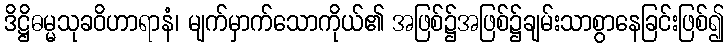
ဒိဋ္ဌိဓမ္မသုခဝိဟာရာနံ၊ မျက်မှာက်သောကိုယ်၏ အဖြစ်၌အဖြစ်၌ချမ်းသာစွာနေခြင်းဖြစ်၍